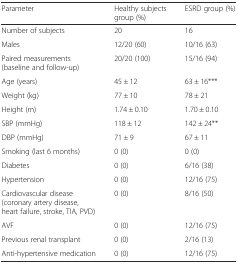
<table><thead><tr><td><b>Parameter</b></td><td><b>Healthy subjects group (%)</b></td><td><b>ESRD group (%)</b></td></tr></thead><tbody><tr><td>Number of subjects</td><td>20</td><td>16</td></tr><tr><td>Males</td><td>12/20 (60)</td><td>10/16 (63)</td></tr><tr><td>Paired measurements (baseline and follow-up)</td><td>20/20 (100)</td><td>15/16 (94)</td></tr><tr><td>Age (years)</td><td>45 ± 12</td><td>63 ± 16***</td></tr><tr><td>Weight (kg)</td><td>77 ± 10</td><td>78 ± 21</td></tr><tr><td>Height (m)</td><td>1.74 ± 0.10</td><td>1.70 ± 0.10</td></tr><tr><td>SBP (mmHg)</td><td>118 ± 12</td><td>142 ± 24**</td></tr><tr><td>DBP (mmHg)</td><td>71 ± 9</td><td>67 ± 11</td></tr><tr><td>Smoking (last 6 months)</td><td>0 (0)</td><td>0 (0)</td></tr><tr><td>Diabetes</td><td>0 (0)</td><td>6/16 (38)</td></tr><tr><td>Hypertension</td><td>0 (0)</td><td>12/16 (75)</td></tr><tr><td>Cardiovascular disease (coronary artery disease, heart failure, stroke, TIA, PVD)</td><td>0 (0)</td><td>8/16 (50)</td></tr><tr><td>AVF</td><td>0 (0)</td><td>12/16 (75)</td></tr><tr><td>Previous renal transplant</td><td>0 (0)</td><td>2/16 (13)</td></tr><tr><td>Anti-hypertensive medication</td><td>0 (0)</td><td>12/16 (75)</td></tr></tbody></table>